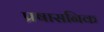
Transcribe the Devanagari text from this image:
प्रषासनिक